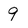
Character: 9